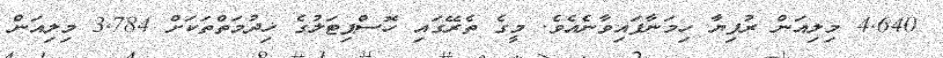
4